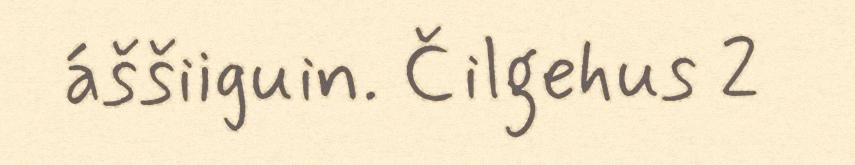
áššiiguin. Čilgehus 2